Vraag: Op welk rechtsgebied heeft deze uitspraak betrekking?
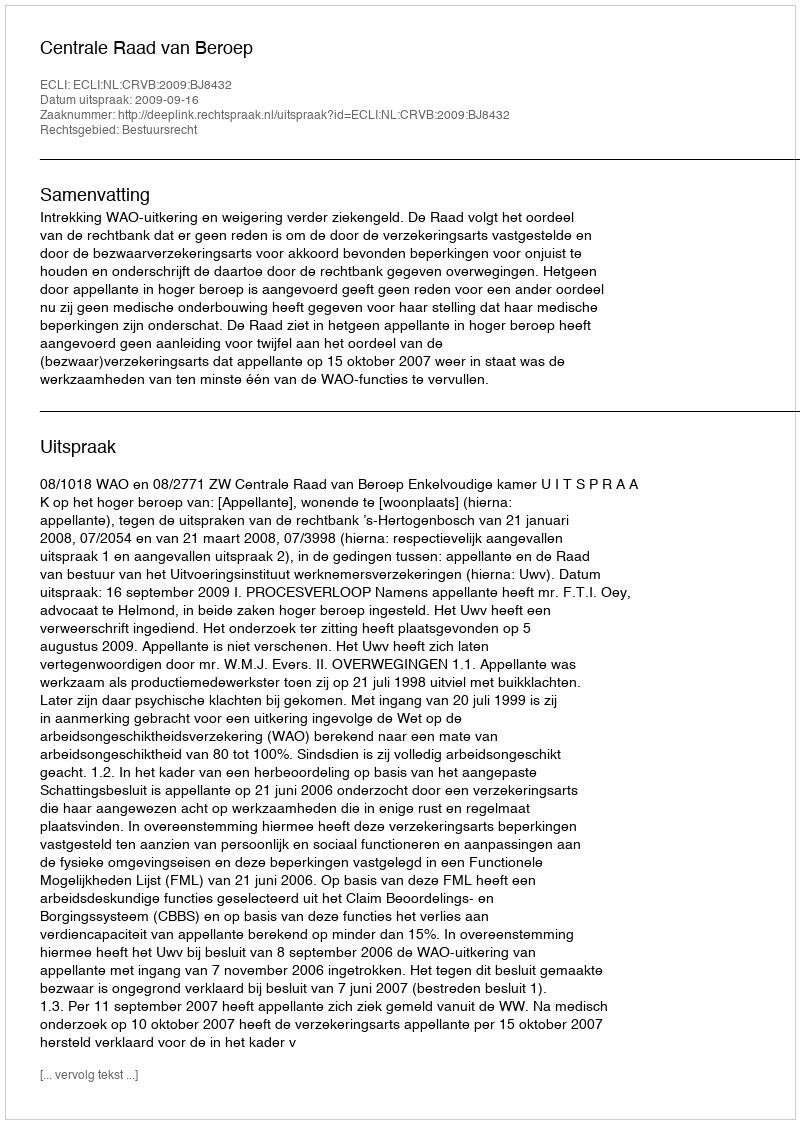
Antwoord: Bestuursrecht